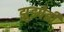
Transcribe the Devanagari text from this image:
झुडपेही